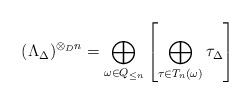
LaTeX: \begin{align*}(\Lambda_\Delta)^{\otimes_D n} = \bigoplus_{\omega\in Q_{\leq n}}\left[\bigoplus_{\tau \in T_n(\omega)} \tau_\Delta\right]\end{align*}